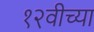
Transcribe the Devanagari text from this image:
१२वीच्या